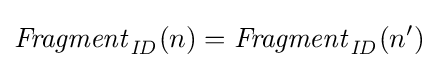
{\mathit {Fragment}}_{\mathit {ID}}(n)={\mathit {Fragment}}_{\mathit {ID}}(n')